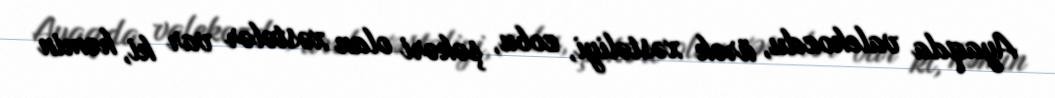
Ayaqda valekozdu, ürək xəstəliyi, zobu, şəkəri olan xəstələr var ki, həmin